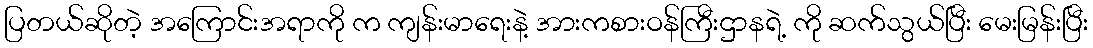
ပြတယ်ဆိုတဲ့ အကြောင်းအရာကို က ကျန်းမာရေးနဲ့ အားကစားဝန်ကြီးဌာနရဲ့ ကို ဆက်သွယ်ပြီး မေးမြန်းပြီး